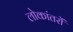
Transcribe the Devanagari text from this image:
लोकांतरों